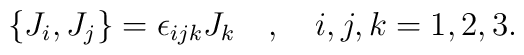
\left\{ J_{i} , J_{j} \right\} = \epsilon_{ijk} J_k~~~,~~~i,j,k=1,2,3.